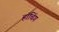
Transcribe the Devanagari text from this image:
हॉचिंग